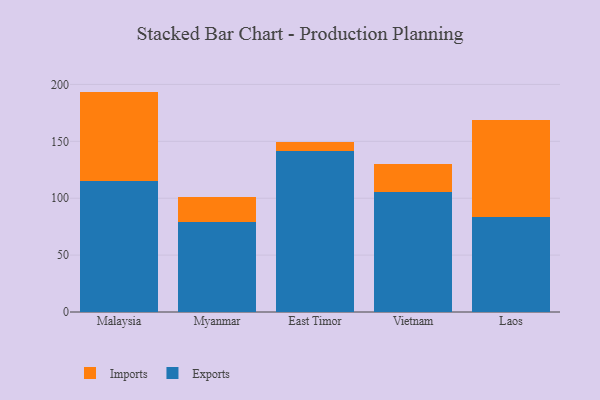
{"axis": {"x": "Country", "y": "Latency (ms)"}, "legend": ["Exports", "Imports"], "data": [{"x": "Malaysia", "y": 114.8, "type": "Exports"}, {"x": "Malaysia", "y": 78.9, "type": "Imports"}, {"x": "Myanmar", "y": 79.1, "type": "Exports"}, {"x": "Myanmar", "y": 22.3, "type": "Imports"}, {"x": "East Timor", "y": 141.8, "type": "Exports"}, {"x": "East Timor", "y": 7.7, "type": "Imports"}, {"x": "Vietnam", "y": 105.9, "type": "Exports"}, {"x": "Vietnam", "y": 24.6, "type": "Imports"}, {"x": "Laos", "y": 83.5, "type": "Exports"}, {"x": "Laos", "y": 84.9, "type": "Imports"}]}